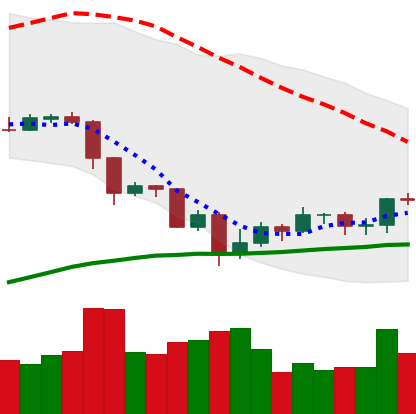
Ticker: EOS-USD
Chart end date: 2019-07-25
Forward return: -7.738%
Label: down_7plus